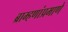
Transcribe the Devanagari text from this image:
ब्राम्हणांप्रमाणे